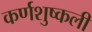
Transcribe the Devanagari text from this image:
कर्णशुष्कली